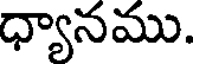
ధ్యానము.